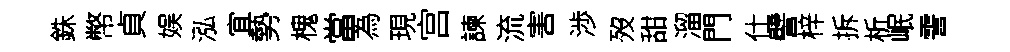
銖幣貞娱泓宜勢槐當為現宫諫流害渉歿甜溜門仕譬梓拆析岷霅